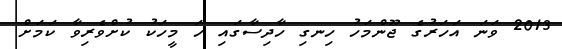
2013 ވަނަ އަހަރުގެ ޖޫންމަހު ހިނގި ހާދިސާގައި ހަ މީހަކު ކުށްވެރިވާ ކަމަށް